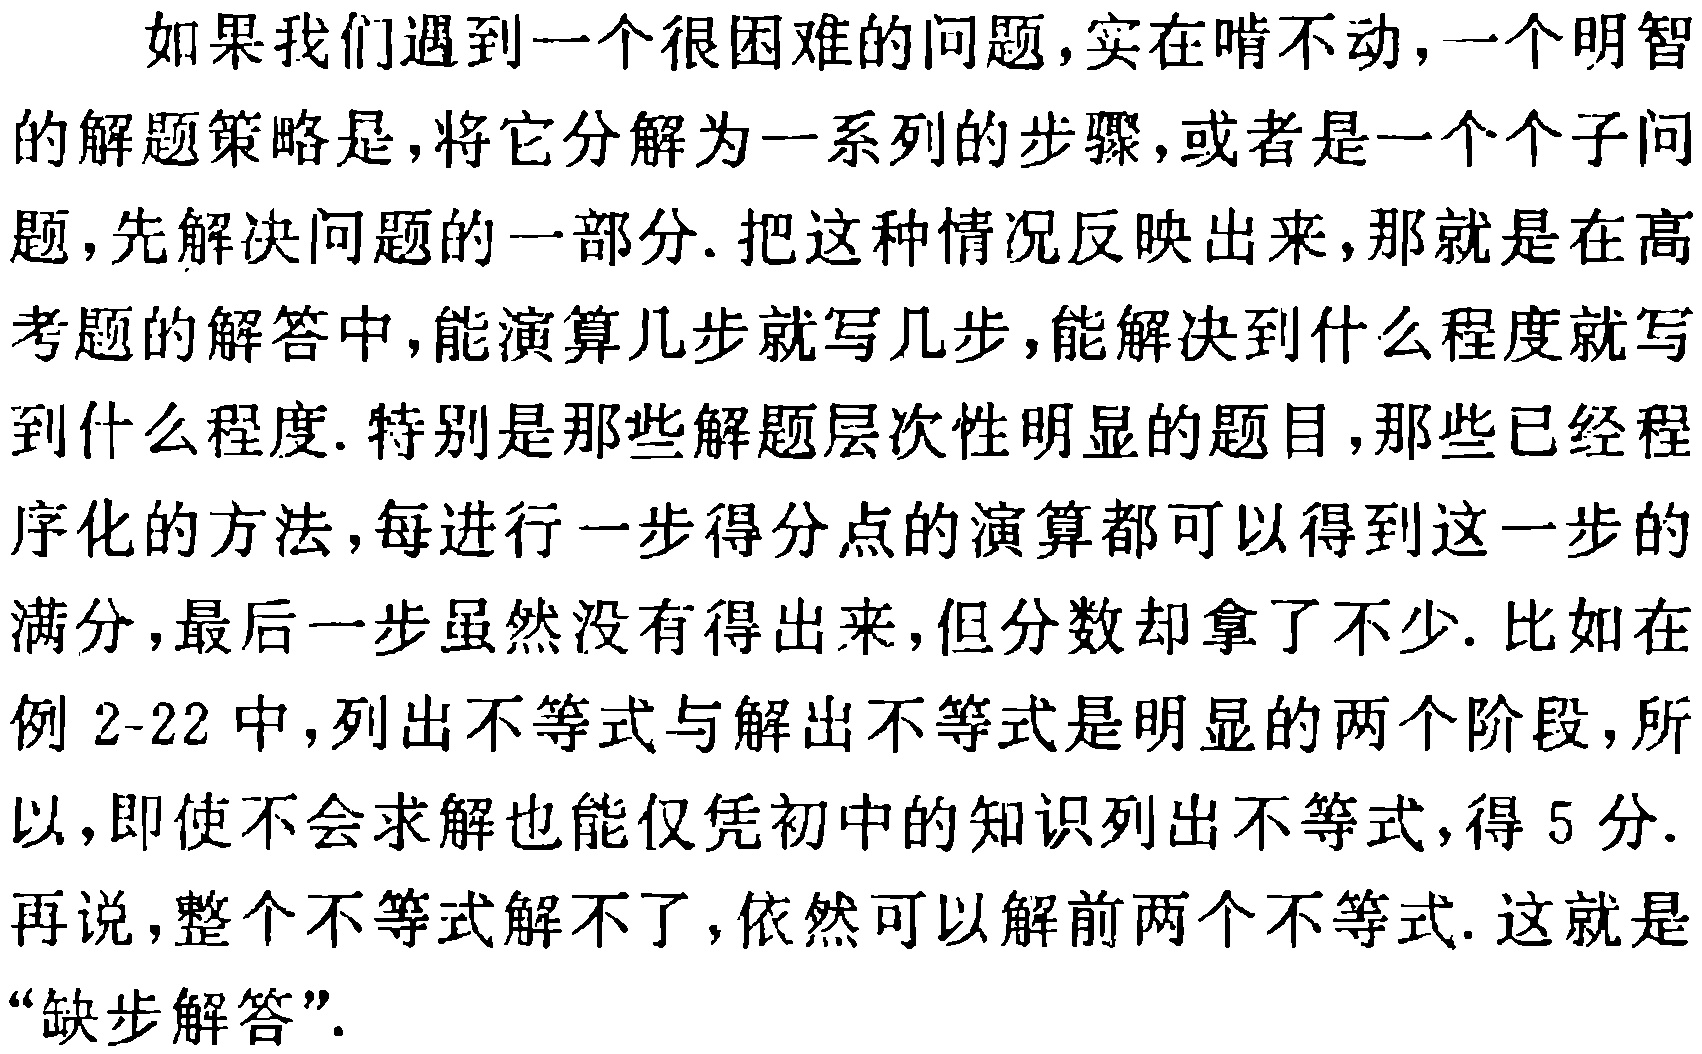
如果我们遇到一个很困难的问题,实在啃不动,一个明智的解题策略是,将它分解为一系列的步骤,或者是一个个子问题,先解决问题的一部分.把这种情况反映出来,那就是在高考题的解答中,能演算几步就写几步,能解决到什么程度就写到什么程度.特别是那些解题层次性明显的题目,那些已经程序化的方法,每进行一步得分点的演算都可以得到这一步的满分,最后一步虽然没有得出来,但分数却拿了不少.比如在例 2-22 中,列出不等式与解出不等式是明显的两个阶段,所以,即使不会求解也能仅凭初中的知识列出不等式,得 5 分.再说,整个不等式解不了,依然可以解前两个不等式.这就是“缺步解答”.